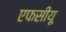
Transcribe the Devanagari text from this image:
एफसीयू